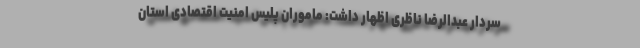
سردار عبدالرضا ناظری اظهار داشت: ماموران پلیس امنیت اقتصادی استان